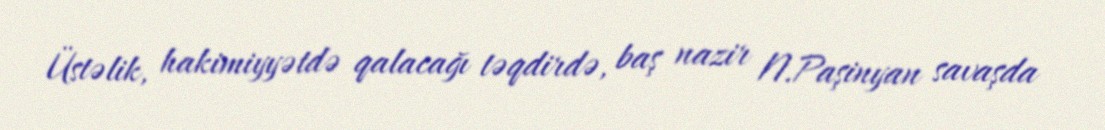
Üstəlik, hakimiyyətdə qalacağı təqdirdə, baş nazir N.Paşinyan savaşda